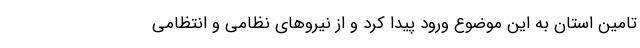
تامین استان به این موضوع ورود پیدا کرد و از نیروهای نظامی و انتظامی